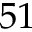
5 1